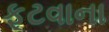
ફૂટવાના